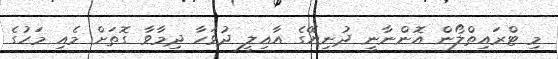
މި ޓްރައިތްލޯން އޮންނާނީ ދުނިޔޭގެ އާއިލީ ދުވަހާ ދިމާވާ ގޮތަށް މެއި މަހުގެ